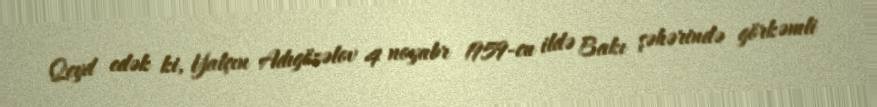
Qeyd edək ki, Yalçın Adıgözəlov 4 noyabr 1959-cu ildə Bakı şəhərində görkəmli